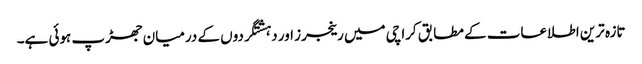
تازہ ترین اطلاعات کے مطابق کراچی میں رینجرز اور دہشتگردوں کے درمیان جھڑپ ہوئی ہے۔